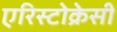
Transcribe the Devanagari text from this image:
एरिस्टोक्रेसी